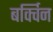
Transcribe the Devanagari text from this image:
बर्क्विन